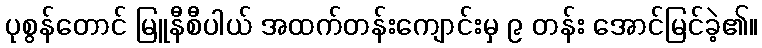
ပုစွန်တောင် မြူနီစီပါယ် အထက်တန်းကျောင်းမှ ၉ တန်း အောင်မြင်ခဲ့၏။